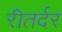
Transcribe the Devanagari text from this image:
रीतर्दर